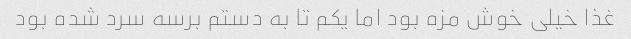
غذا خیلی خوش مزه بود اما یکم تا به دستم برسه سرد شده بود